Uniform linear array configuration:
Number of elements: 8
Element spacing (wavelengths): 0.75
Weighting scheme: exponential
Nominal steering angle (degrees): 60
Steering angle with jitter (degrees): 58.223
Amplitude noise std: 0.05
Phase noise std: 0.05

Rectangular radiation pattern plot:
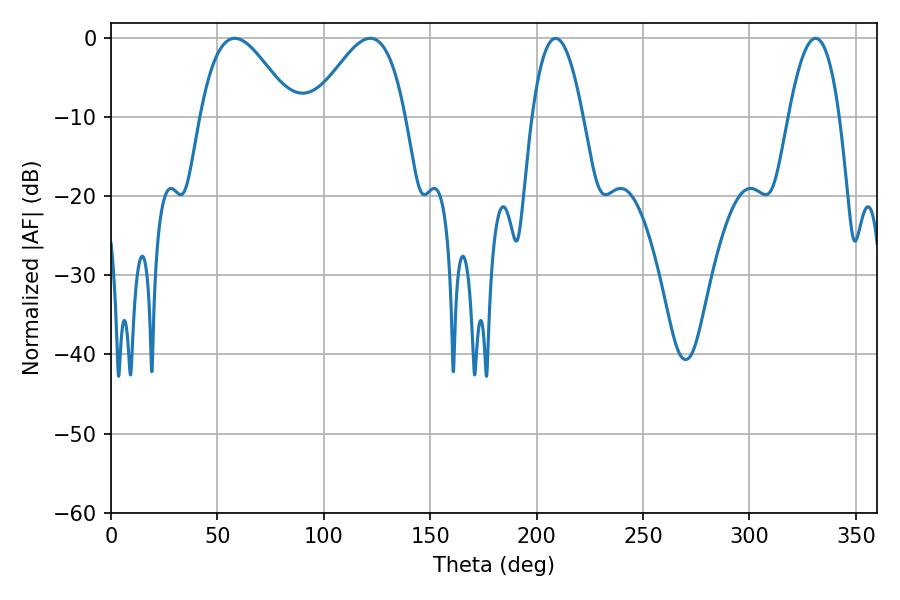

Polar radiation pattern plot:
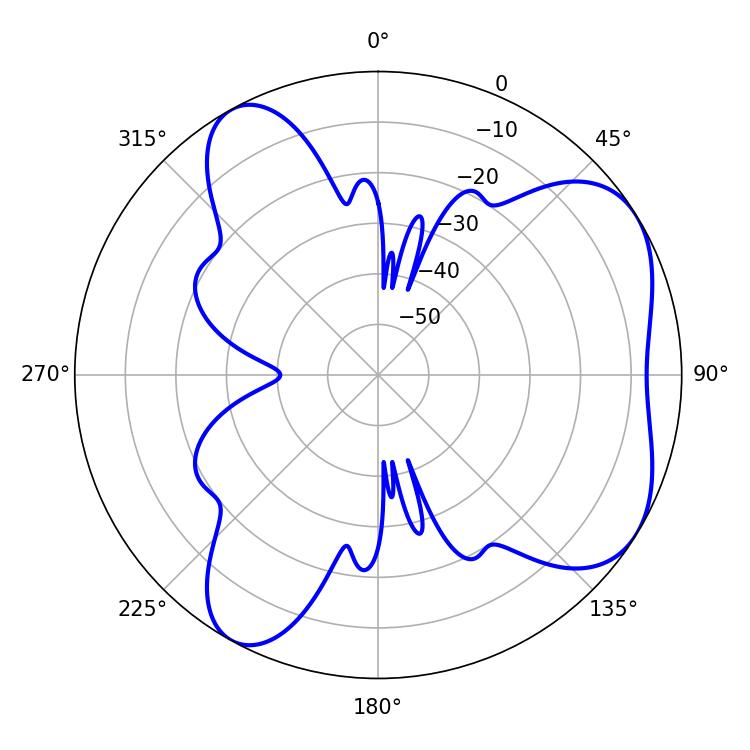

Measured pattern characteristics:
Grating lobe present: TRUE
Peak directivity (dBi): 5.599
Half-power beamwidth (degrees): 23.4
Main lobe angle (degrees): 58.14